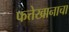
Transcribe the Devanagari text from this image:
फत्तेखानाचा